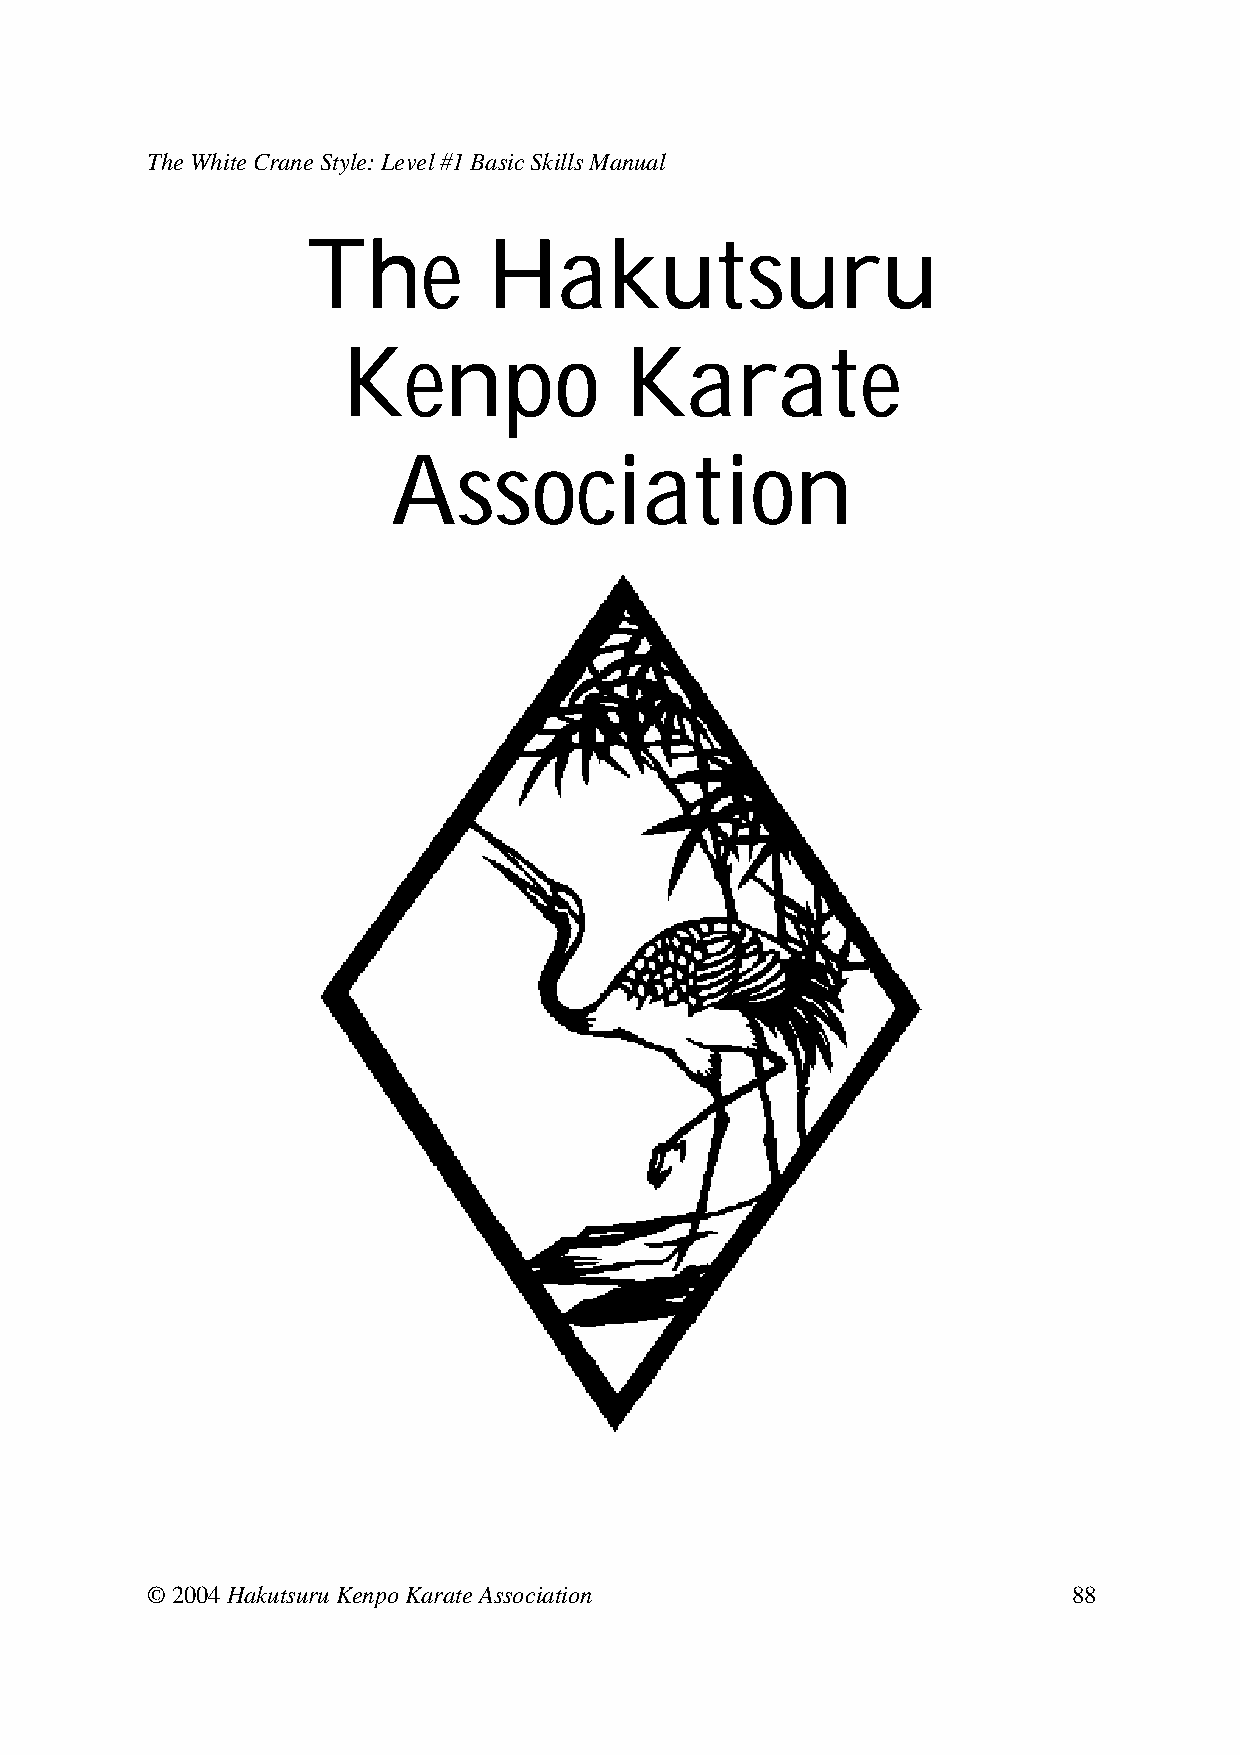
The White Crane Style: Level #1 Basic Skills Manual
 The         Hakutsuru
 Kenpo             Karate
 Association
 © 2004 Hakutsuru Kenpo Karate Association                    88